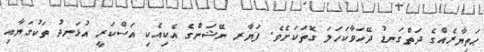
ޙަތިޔާރެއްގެ ދަތްގަނޑު ދޭހަވާކަހަލަ ގޮތަކަށެވެ. ފަޔާރ ނޭޝަންގެ އެކިއެކި އަސްކަރީ އުޅަނދު ތަކުގަޔާއި